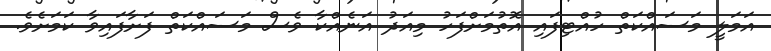
އަމަލީ މަސައްކަތް ހުއްޓިފައި އޮތުމަށްފަހު މިއަދު އަނެއްކާ ވެސް މަސައްކަތް ފަށާފައިވާ ކަމަށެވެ.